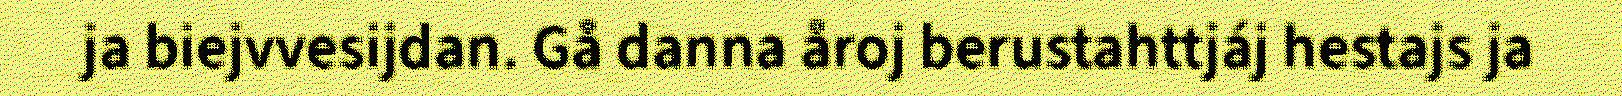
ja biejvvesijdan. Gå danna åroj berustahttjáj hestajs ja